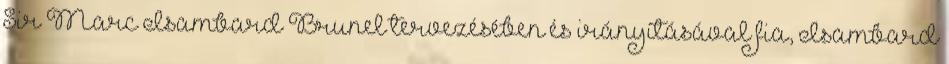
Sir Marc Isambard Brunel tervezésében és irányításával fia, Isambard